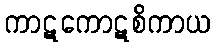
ကာဋကောဋစိကာယ